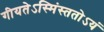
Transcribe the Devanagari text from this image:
गीयतेऽस्मिंस्ततोऽयं